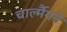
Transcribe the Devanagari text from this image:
चार्ल्मैगने